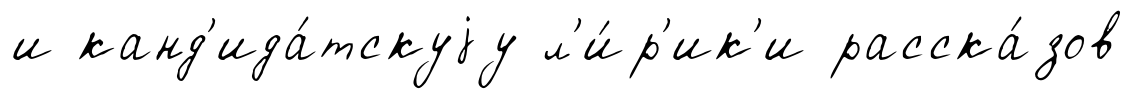
и канд'ида́тскуjу л'и́р'ик'и расска́зов